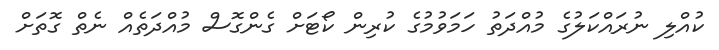
ކުއްލި ނުރައްކަލުގެ މުއްދަތު ހަމަވުމުގެ ކުރިން ކޯޓަށް ގެންގޮސް މުއްދަތެއް ނެތް ގޮތަށް